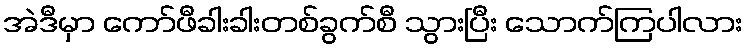
အဲဒီမှာ ကော်ဖီခါးခါးတစ်ခွက်စီ သွားပြီး သောက်ကြပါလား